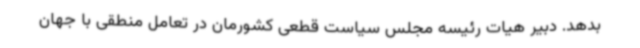
بدهد. دبیر هیات رئیسه مجلس سیاست قطعی کشورمان در تعامل منطقی با جهان